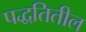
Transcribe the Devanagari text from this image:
पद्धतितील